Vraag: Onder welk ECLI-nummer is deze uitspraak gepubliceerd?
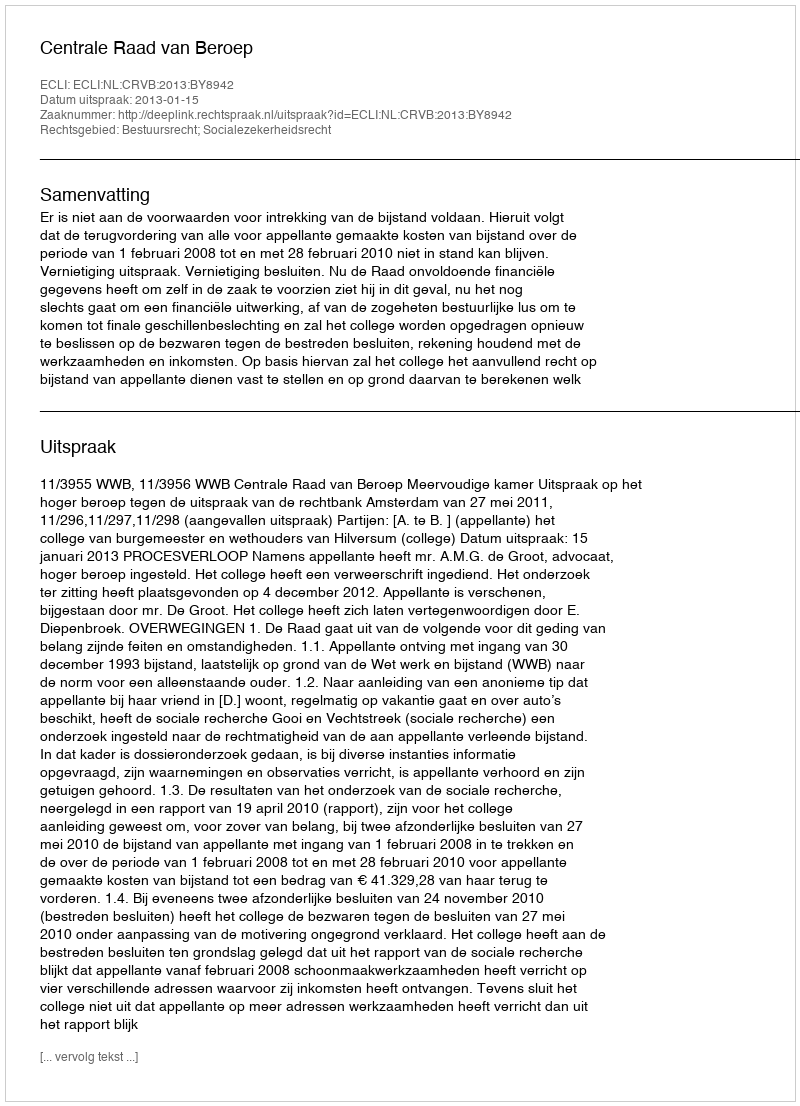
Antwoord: ECLI:NL:CRVB:2013:BY8942